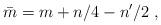
LaTeX: \begin{align*}\bar m=m+n/4-n'/2\;,\end{align*}